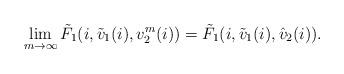
LaTeX: \begin{align*}\lim_{m\rightarrow \infty}\tilde{F}_1(i,\tilde{v}_1(i),v^m_2(i))=\tilde{F}_1(i,\tilde{v}_1(i),\hat{v}_2(i)).\end{align*}